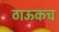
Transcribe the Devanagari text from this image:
ठाऊकच